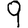
Digit: 9